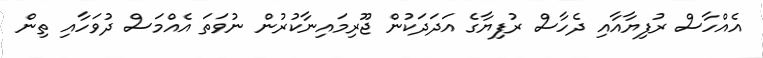
އެއްހާސް ރުފިޔާއާއި ދެހާސް ރުފިޔާގެ އަދަދަކުން ޖޫރިމައިނާކުރުން ނުވަތަ އެއްމަސް ދުވަހާއި ތިން